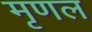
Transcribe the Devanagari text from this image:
मृणल